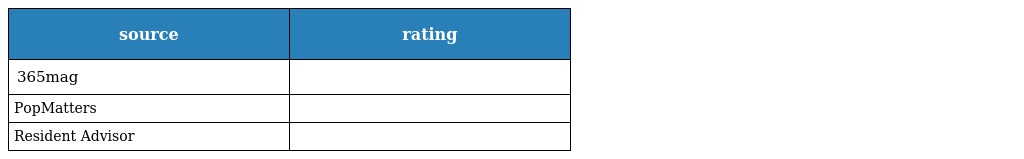
| source | rating |
 | --- | --- |
 | 365mag |  |
 | PopMatters |  |
 | Resident Advisor |  |